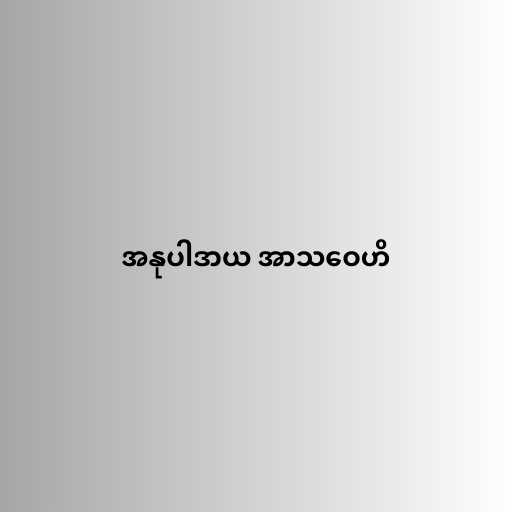
အနုပါဒာယ အာသဝေဟိ